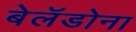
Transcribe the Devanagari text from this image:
बेलॅडोना